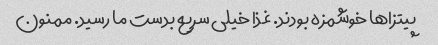
پیتزاها خوشمزه بودند. غذا خیلی سریع بدست ما رسید. ممنون